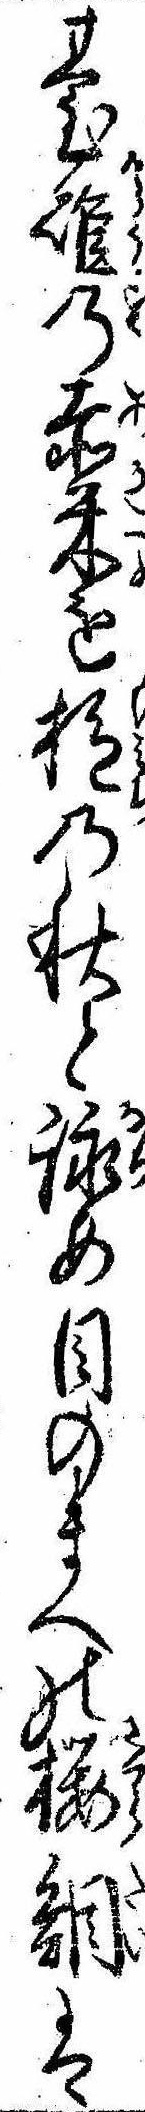
台碓の赤米をの秋と詠め目のまへの桜鯛は